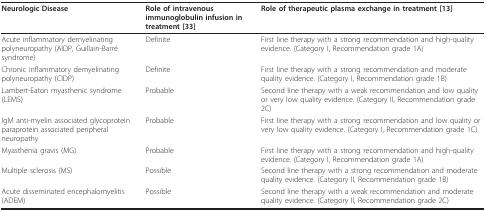
| Neurologic Disease | Role of intravenous immunoglobulin infusion in treatment [33] | Role of therapeutic plasma exchange in treatment [13] |
 | --- | --- | --- |
 | Acute inflammatory demyelinating polyneuropathy (AIDP, Guillain-Barré syndrome) | Definite | First line therapy with a strong recommendation and high-quality evidence. (Category I, Recommendation grade 1A) |
 | Chronic inflammatory demyelinating polyneuropathy (CIDP) | Definite | First line therapy with a strong recommendation and moderate quality evidence. (Category I, Recommendation grade 1B) |
 | Lambert-Eaton myasthenic syndrome (LEMS) | Probable | Second line therapy with a weak recommendation and low quality or very low quality evidence. (Category II, Recommendation grade 2C) |
 | IgM anti-myelin associated glycoprotein paraprotein associated peripheral neuropathy | Probable | First line therapy with a strong recommendation and low quality or very low quality evidence. (Category I, Recommendation grade 1C) |
 | Myasthenia gravis (MG) | Probable | First line therapy with a strong recommendation and high-quality evidence. (Category I, Recommendation grade 1A) |
 | Multiple sclerosis (MS) | Possible | Second line therapy with a strong recommendation and moderate quality evidence. (Category II, Recommendation grade 1B) |
 | Acute disseminated encephalomyelitis (ADEM) | Possible | Second line therapy with a weak recommendation and moderate quality evidence. (Category II, Recommendation grade 2C) |